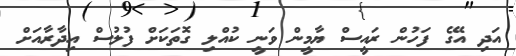
އަދި އޭގެ ފަހުން ރައީސް ޔާމީން ވަނީ ކުއްލި ގޮތަކަށް ފުލުސް އިދާރާއަށް